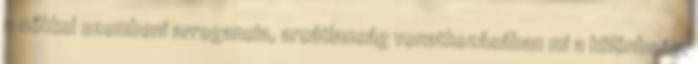
a nőkkel szembeni arrogancia, arcátlanság vonatkozásában mi a különbség.